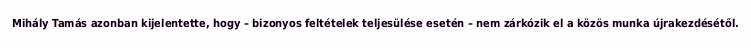
Mihály Tamás azonban kijelentette, hogy – bizonyos feltételek teljesülése esetén – nem zárkózik el a közös munka újrakezdésétől.